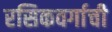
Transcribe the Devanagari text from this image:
रसिकवर्गाची